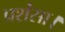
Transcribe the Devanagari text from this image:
प्रशंसा।